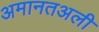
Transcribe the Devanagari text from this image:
अमानतअली